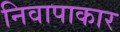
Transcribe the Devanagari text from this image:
निवापाकार